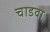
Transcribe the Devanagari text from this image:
चाडवा